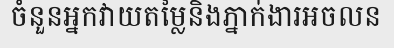
ចំនួនអ្នកវាយតម្លៃនិងភ្នាក់ងារអចលន